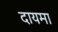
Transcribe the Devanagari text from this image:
दायमा